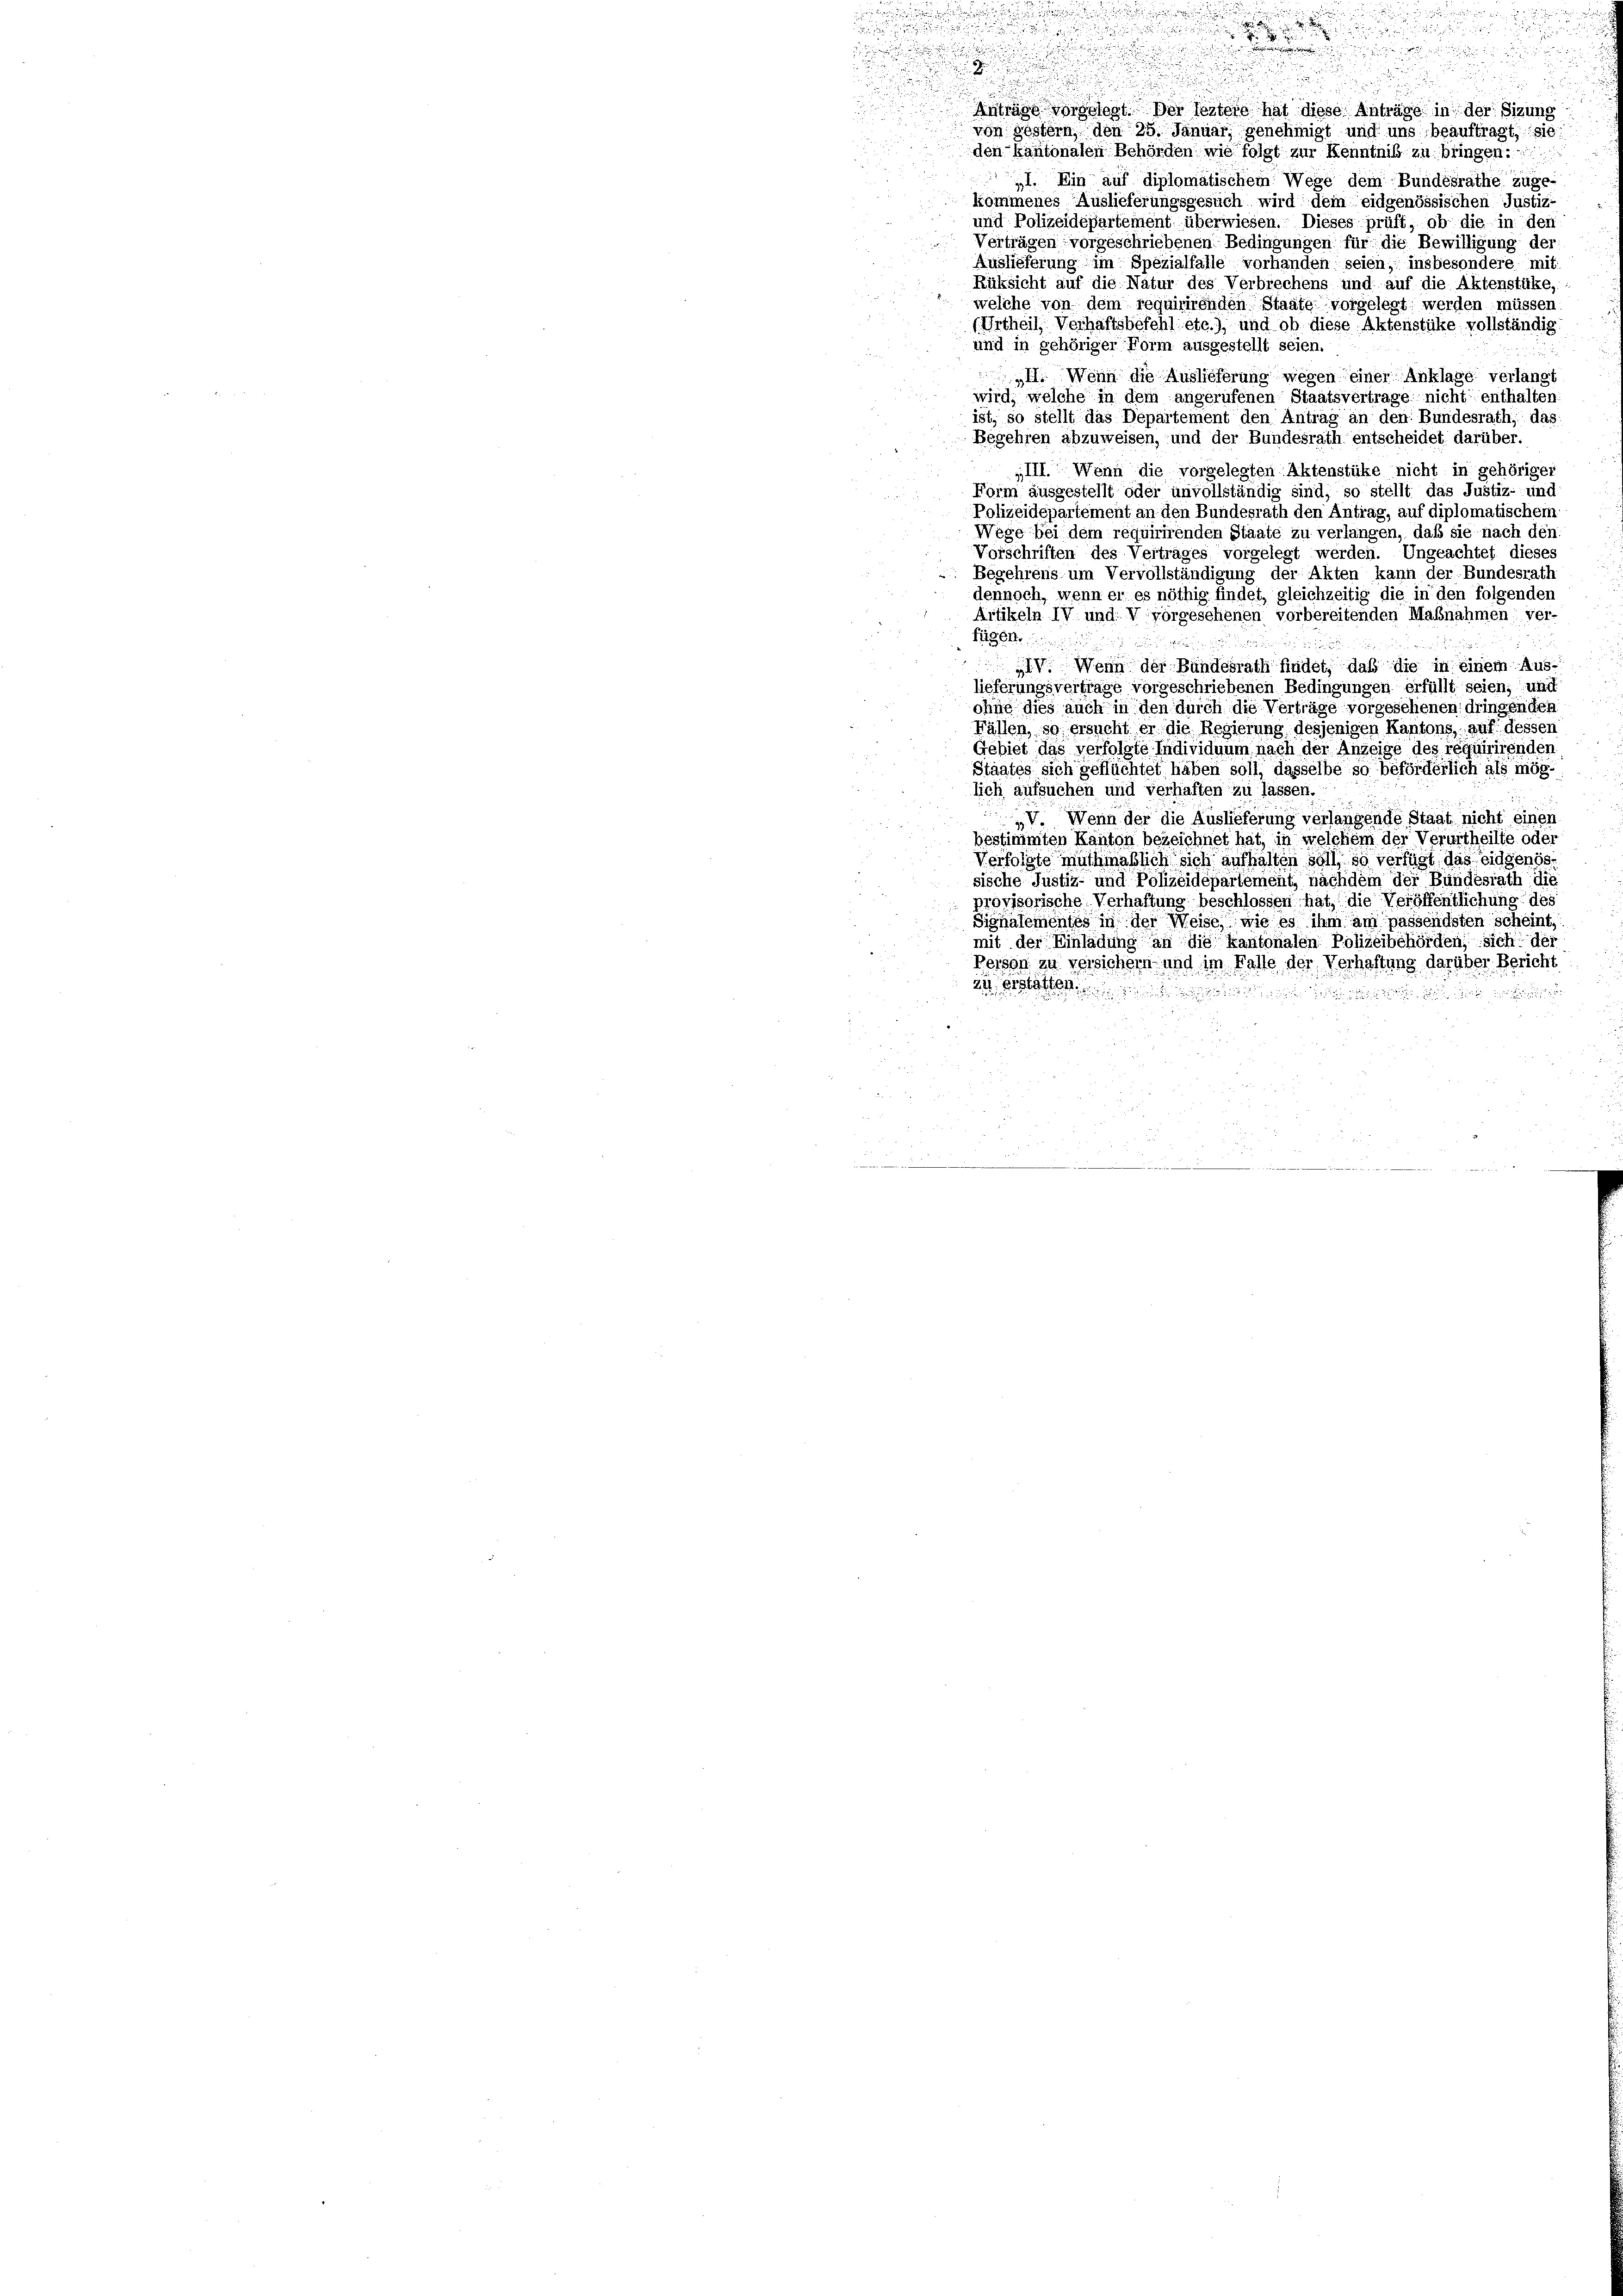
Anträge vorgelegt. Der festere hat diese Anträge in der Sizung
von gestern, den 25. Januar, genehmigt und uns beauftragt, sie
den kantonalen Behörden wie folgt zur Kenntniß zu bringen.
I Ein auf diplomatischem Wege dem Bundesrathe zuge-
kommenes Auslieferungsgesuch wird dem eidgenössischen Justiz-
und Polizeidepartement überwiesen. Dieses prüft, ob die in den
Verträgen vorgeschriebenen Bedingungen für die Bewilligung der
Auslieferung im Spezialfalle vorhanden seien, insbesondere mit
Rüksicht auf die Natur des Verbrechens und auf die Aktenstüke,
welche von dem requirirenden Staate vorgelegt werden müssen.
(Urtheil Verhaftsbefehl etc.), und ob diese Aktenstüke vollständig
und in gehöriger Form ausgestellt seien.
„II. Wenn die Auslieferung wegen einer Anklage verlangt
wird, welche in dem angerufenen Staatsvertrage nicht enthalten
ist, so stellt das Departement den Antrag an den Bundesrath, das
Begehren abzuweisen, und der Bundesrath entscheidet darüber.
III. Wenn die vorgelegten Aktenstüke nicht in gehörige
Form ausgestellt oder unvollständig sind, so stellt das Justiz- und
Polizeidepartement an den Bundesrath den Antrag, auf diplomatischen
Wege bei dem requirirenden Staate zu verlangen, daß sie nach den
Vorschriften des Vertrages vorgelegt werden. Ungeachtet dieses
Begehrens um Vervollständigung der Akten kann der Bundesrath
dennoch, wenn er es nöthig findet, gleichzeitig die in den folgenden
Artikeln IV und V vorgesehenen vorbereitenden Maßnahmen, ver
fügen. in die ein

IV. Wenn der Bundesrath findet, daß die in einem Aus-
lieferungsvertrage vorgeschriebenen Bedingungen erfüllt seien, und
ohne dies auch in den durch die Verträge vorgesehenen: dringen des
Fällen, so ersucht er die Regierung desjenigen Kantons, auf dessen
Gebiet das verfolgte Individuum nach der Anzeige des requirirenden
Staates sich geflüchtet haben soll, dasselbe so beförderlich als mög-
lich aufsuchen und verhaften zu lassen.
V. Wenn der die Auslieferung verlangende Staat nicht einen
bestimmten Kanton bezeichnet hat, in welchem der Verurtheilte oder
Verfolgte muthmaßlich sich aufhalten soll, so verfügt das eidgenös-
sische Justiz- und Polizeidepartement, nachdem der Bundesrath die
provisorische Verhaftung beschlossen hat, die Veröffentlichung des
Signalementes in der Weise, wie es ihm am passendsten scheint,
mit der Einladung an die kantonalen Polizeibehörden, sich der
Person zu versichen und im Falle der Verhaltung darüber Bericht
zu erstatten.

a

5

d

.

u

a